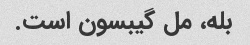
بله، مل گیبسون است.